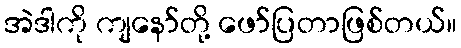
အဲဒါကို ကျနော်တို့ ဖော်ပြတာဖြစ်တယ်။